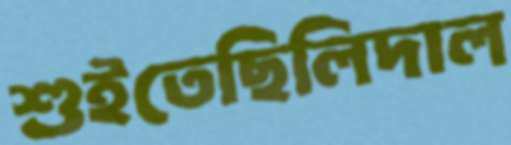
শুইতেছিলিদাল